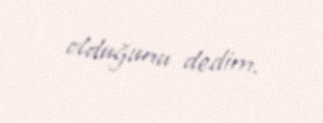
olduğunu dedim.